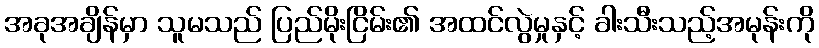
အခုအချိန်မှာ သူမသည် ပြည်မိုးငြိမ်း၏ အထင်လွဲမှုနှင့် ခါးသီးသည့်အမုန်းကို